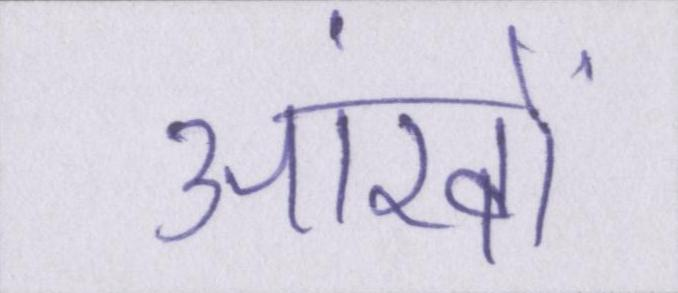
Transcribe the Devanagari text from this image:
आंखों